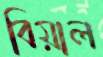
বিয়াল